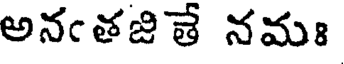
అనఁతజితే నమః